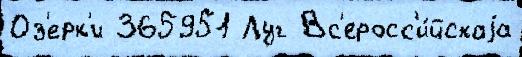
Оз'ерк'и 365951 Луг Вс'еросс'и́йскаjа